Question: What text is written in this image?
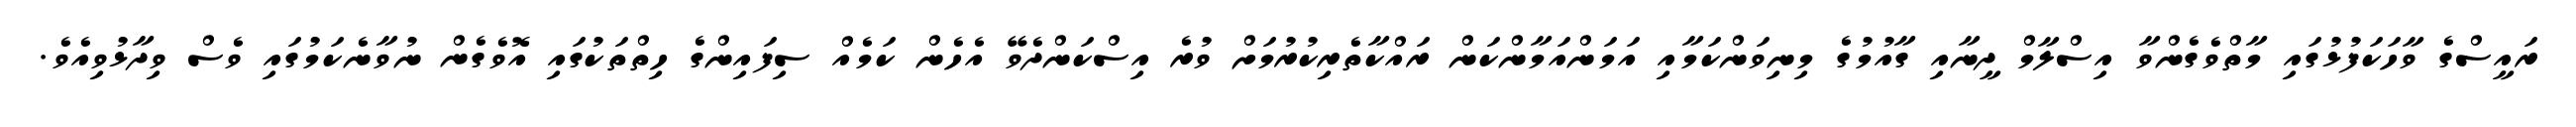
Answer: ރައީސްގެ ވާހަކަފުޅުގައި މާތްވެގެންވާ އިސްލާމް ދީނާއި ގާއުމުގެ މިނިވަންކަމާއި އަމަންއަމާންކަން ރައްކާތެރިކުރުމަށް ވުރެ އިސްކަންދެވޭ އެހެން ކަމެއް ސިފައިންގެ ހިތްތަކުގައި އޮވެގެން ނުވާނެކަމުގައި ވެސް ވިދާޅުވިއެވެ.